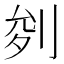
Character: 𭃧